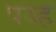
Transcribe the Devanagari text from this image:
पञ्ह